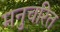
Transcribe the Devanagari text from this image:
मनुचरित